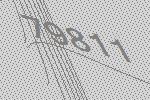
79811